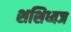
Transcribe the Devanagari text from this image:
शशिध्वज